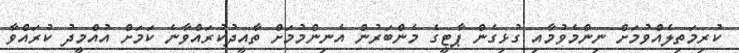
ކުރިމަތިލެއްވުމަށް ނިންމެވުމާއި ގުޅިގެން ޕާޓީގެ މެންބަރުން އެނިންމުމަށް ތާއީދުކުރައްވާނެ ކަމަށް އުއްމީދު ކުރައްވާ